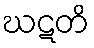
ဃဋတိ